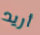
أريد